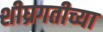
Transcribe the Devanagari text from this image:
शीघ्रगतीच्या